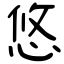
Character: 悠